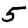
Digit: 5